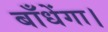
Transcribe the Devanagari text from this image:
बाँधेंगा।